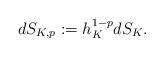
LaTeX: \begin{align*} dS_{K,p} := h_K^{1-p} dS_K . \end{align*}